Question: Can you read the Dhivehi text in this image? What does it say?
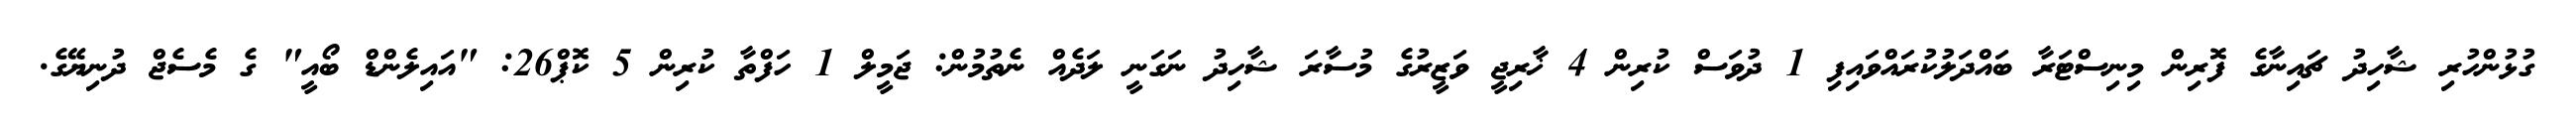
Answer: ގުޅުންހުރި ޝާހިދު ޗައިނާގެ ފޮރިން މިނިސްޓަރާ ބައްދަލުކުރައްވައިފި 1 ދުވަސް ކުރިން 4 ޚާރިޖީ ވަޒީރުގެ މުސާރަ ޝާހިދު ނަގަނީ ލަދެއް ނެތުމުން: ޖަމީލް 1 ހަފްތާ ކުރިން 5 ކޮޕް26: "އައިލެންޑް ބޯއީ" ގެ މެސެޖް ދުނިޔޭގެ.